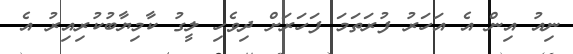
ނިއު އިން އެ އަހަރު ފުރަތަމަ ފަހަރަށް ދިވެހި ލީގު ކާމިޔާބުކުރިއިރު އެ